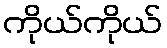
ကိုယ်ကိုယ်